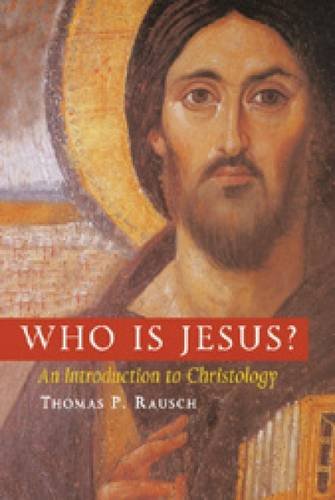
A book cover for Who is Jesus?: An Introduction to Christology (Michael Glazier Books); Thomas  P. Rausch SJ; Christian Books & Bibles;